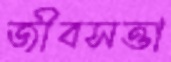
জীবসত্তা